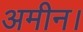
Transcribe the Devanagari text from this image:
अमीन।